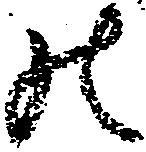
の